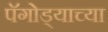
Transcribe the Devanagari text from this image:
पॅगोड्याच्या